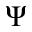
\Psi